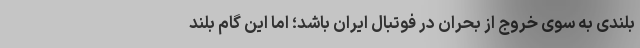
بلندی به ‌سوی خروج از بحران در فوتبال ایران باشد؛ اما این گام بلند